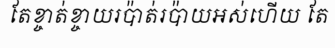
តែខ្ចាត់ខ្ចាយរប៉ាត់រប៉ាយអស់ហើយ តែ